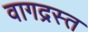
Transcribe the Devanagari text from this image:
वागद्रस्त